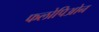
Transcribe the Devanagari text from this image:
फलोपिओन